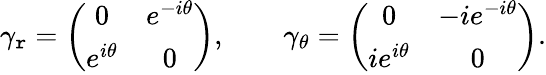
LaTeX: \gamma_{\mathtt{r}}=\left(\begin{array}{cc}{{0}}&{{e^{-i\theta}}}\\ {{e^{i\theta}}}&{{0}}\end{array}\right),\qquad\gamma_{\theta}=\left(\begin{array}{cc}{{0}}&{{-ie^{-i\theta}}}\\ {{ie^{i\theta}}}&{{0}}\end{array}\right).